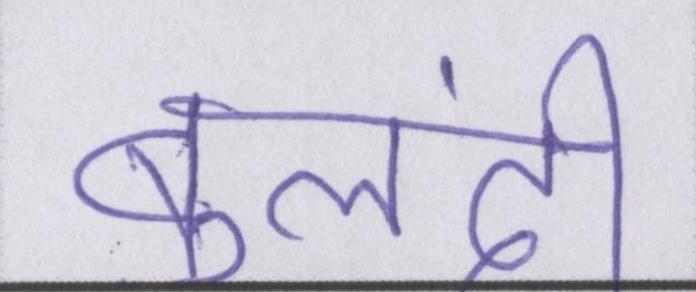
बुलंदी